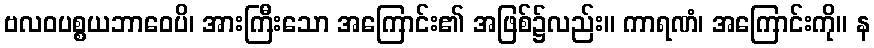
ဗလဝပစ္စယဘာဝေပိ၊ အားကြီးသော အကြောင်း၏ အဖြစ်၌လည်း။ ကာရဏံ၊ အကြောင်းကို။ န